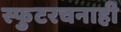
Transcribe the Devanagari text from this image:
स्फुटरचनाही